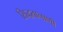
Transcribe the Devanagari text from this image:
सिद्धतानाणी